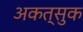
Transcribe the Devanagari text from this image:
अकत्सुक